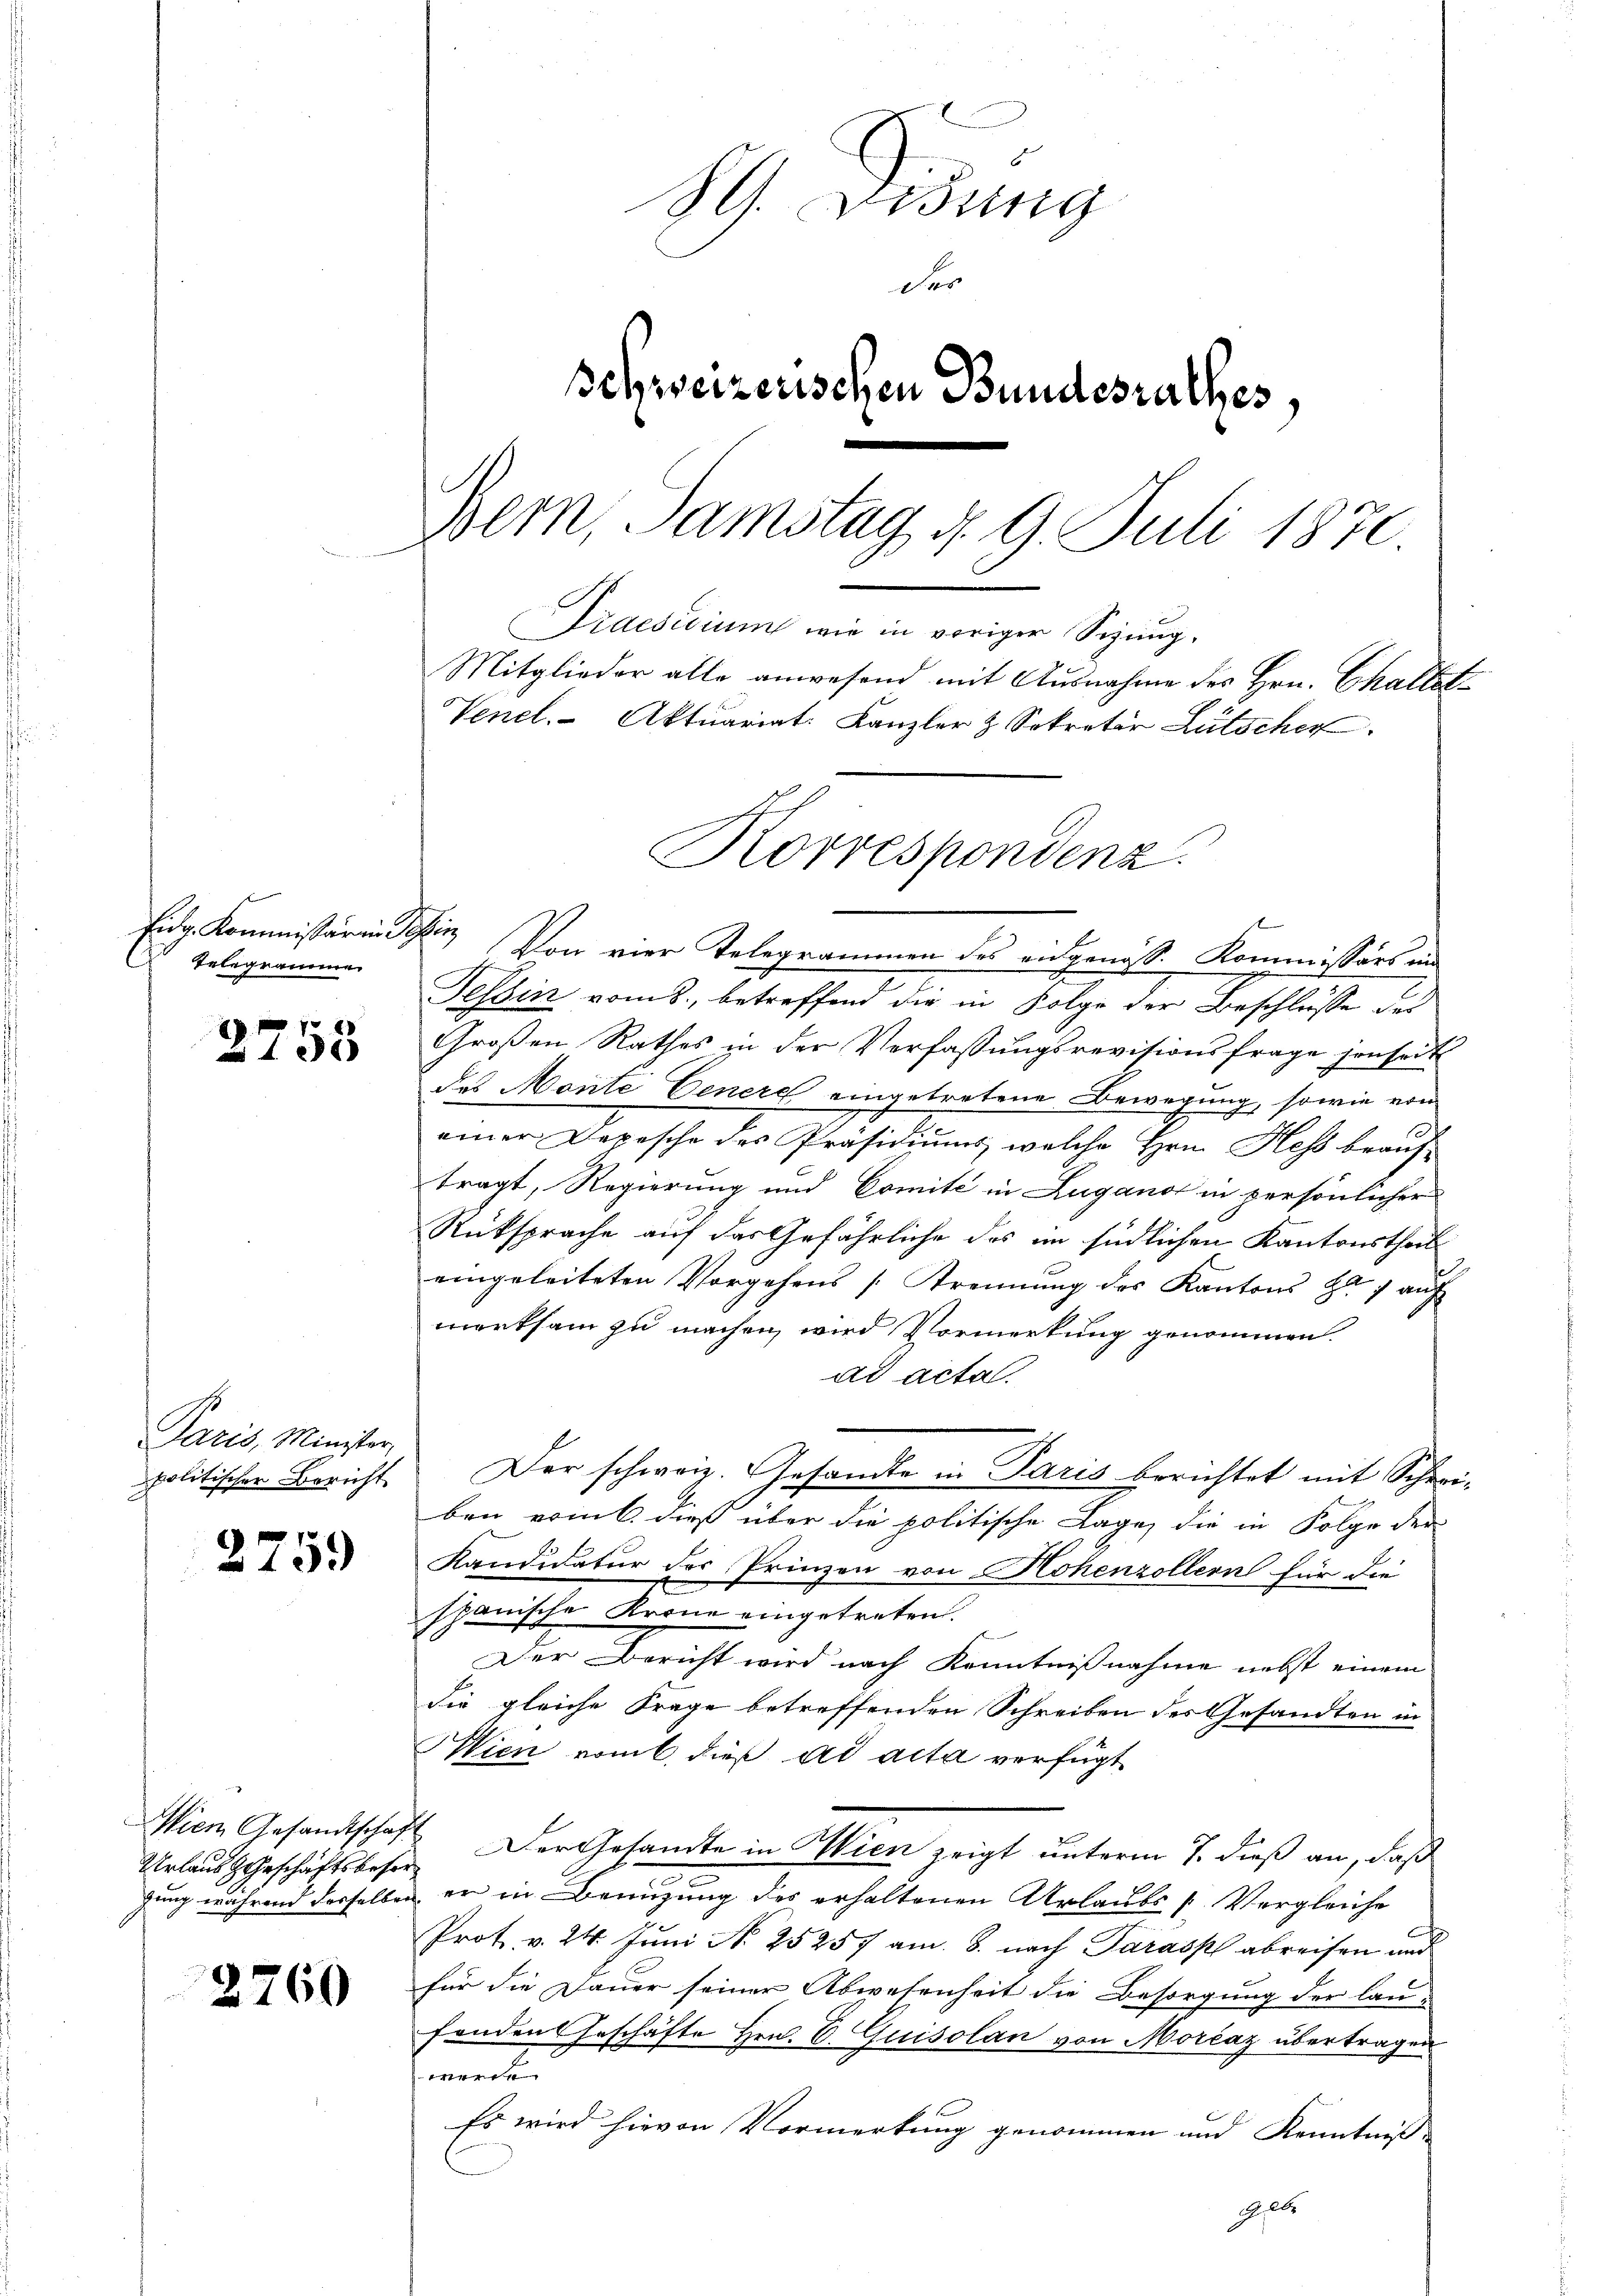
Eidg. Kommissarii Schin
Telegramme

2755

Paris, Minister,
politischer Bericht

2759

Wien Gesandtschaf
Urlaus Geschäftsbesorgung während desselben

2760

89. Disung
der
schweizerischen Bundesrathes,
Bern, Samstag d. 9. Juli 1870
Praesidium wie in voriger Sitzung.
Mitglieder alle anwesend mit Ausnahme des Hrn. Challet
Venel. Aktuariat. Kanzler & Sokretär Lütschen

Korrespondenz.

Von vier Telegrammen des angenoss. Kommissärs in
Tessin vom 8. betreffend die in Folge der Beschlusse des
Großen Rathes in der Verfassungsrevisionsfrage sonseit
des Monte Venere eingetretene Bewegung, sowie von
einer Depesche des Präsidiums, welche Hrn. Hess beauf-
tragt, Regierung und Comité in Zugano in persönlicher
Rüksprache auf das Gefährliche des im südlichen Kantonsthal
eingeleiteten Vorgehens [Strennung des Kantons Zug auf
werksam zu machen, wird Vormerkung genommen.
ad actal.
ben vom 6. dieß über die politische Lage, die in Folge der
Kandidatur des Prinzen von Hohenzollern für die
spanische Krone eingetreten.
Der Bericht wird nach Kenntnißnahme nebst einem
die gleiche Frage betreffenden Schreiben des Gesandten in
Wien vom 6. dieß ad acta verfügt
 Der Gesandte in Wien zeigt unterm 7. dieß an, daß
er in Benutzung des erhaltenen Urlaubs [Vergleiche
Prot. v. 24. Juni No 25257 am 8. nach Paraspl abreisen und
für die Dauer seiner Abwesenheit die Besorgung der lau-
fenden Geschäfte Hrn. B. Quisolan von Morcaz übertragen

Es wird hievon Vormerkung genommen und Kenntniß
Geset

Der schweiz. Gesandte in Paris berichtet mit Schei-